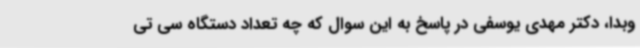
وبدا، دکتر مهدی یوسفی در پاسخ به این سوال که چه تعداد دستگاه سی تی